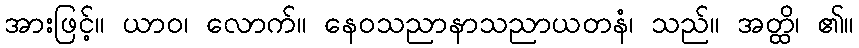
အားဖြင့်။ ယာဝ၊ လောက်။ နေဝသညာနာသညာယတနံ၊ သည်။ အတ္ထိ၊ ၏။